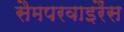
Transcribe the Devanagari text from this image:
सैमपरवाइरैंस